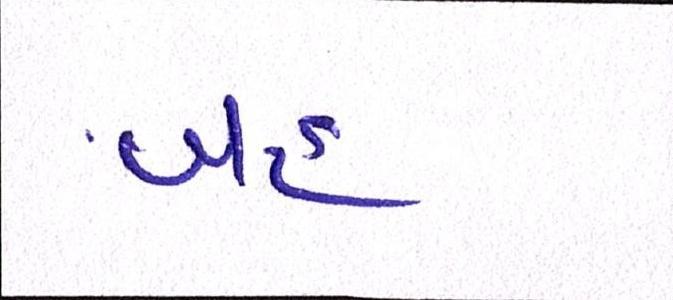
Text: બહ